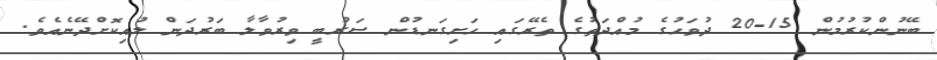
ބޭނުންކުރުމުން 15-20 ދުވަހުގެ މުއްދަތުގެ ތެރޭގައި ހަށިގަނޑުން ސަރުބީ ވިރުވާލާ ބަރުދަން ލުއިކޮށްދޭނެއެވެ.